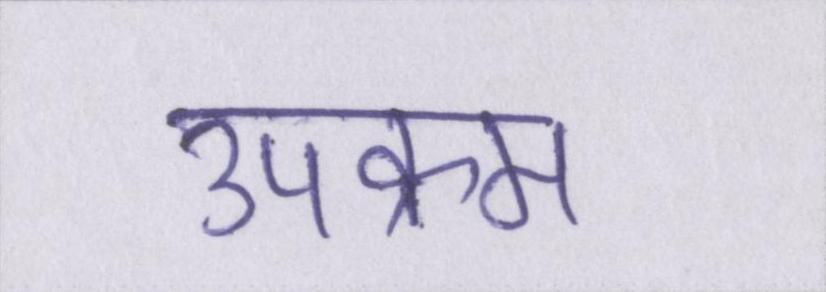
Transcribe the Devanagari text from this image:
उपक्रम